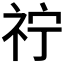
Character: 𮁫